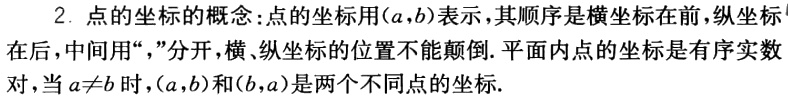
2. 点的坐标的概念：点的坐标用\((a,b)\)表示，其顺序是横坐标在前，纵坐标在后，中间用“，”分开，横、纵坐标的位置不能颠倒. 平面内点的坐标是有序实数对，当\(a\neq b\)时，\((a,b)\)和\((b,a)\)是两个不同点的坐标.